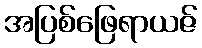
အပြစ်ဖြေရာယဇ်